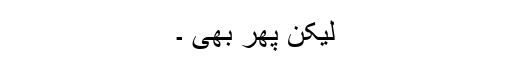
لیکن پھر بھی ۔